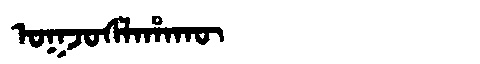
Manchu: ᠣᡴᠵᠣᠰᠯᠠᡥᠠᡴᡡ
Romanization: OKJOSLAHAKŪ